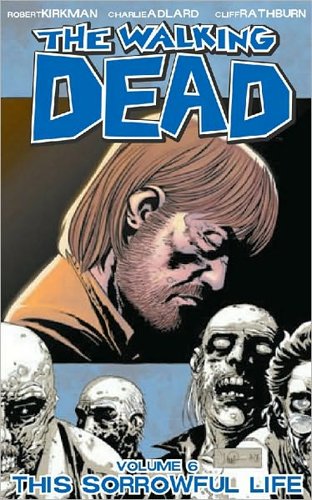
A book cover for The Walking Dead, Vol. 6: This Sorrowful Life; Robert Kirkman; Comics & Graphic Novels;